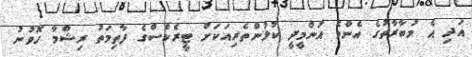
އަދި އެ މުބާރާތުގެ އެންމެ އުންމީދީ ކުޅުންތެރިއަކަށް ޓީރެކްސްގެ ފާތިމަތު ރިޝްމާ ހޮވުނު